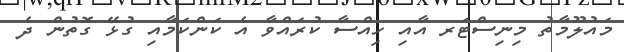
މައުލޫމާތު މިނިސްޓަރ އާއި ހިއްސާ ކުރައްވާ އެ ކަންކަމާއި ގުޅޭ ގޮތުން ދެ